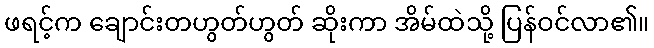
ဖရင့်က ချောင်းတဟွတ်ဟွတ် ဆိုးကာ အိမ်ထဲသို့ ပြန်ဝင်လာ၏။